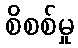
စိစစ်မှု